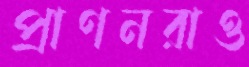
প্রাণনরাও